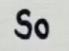
So